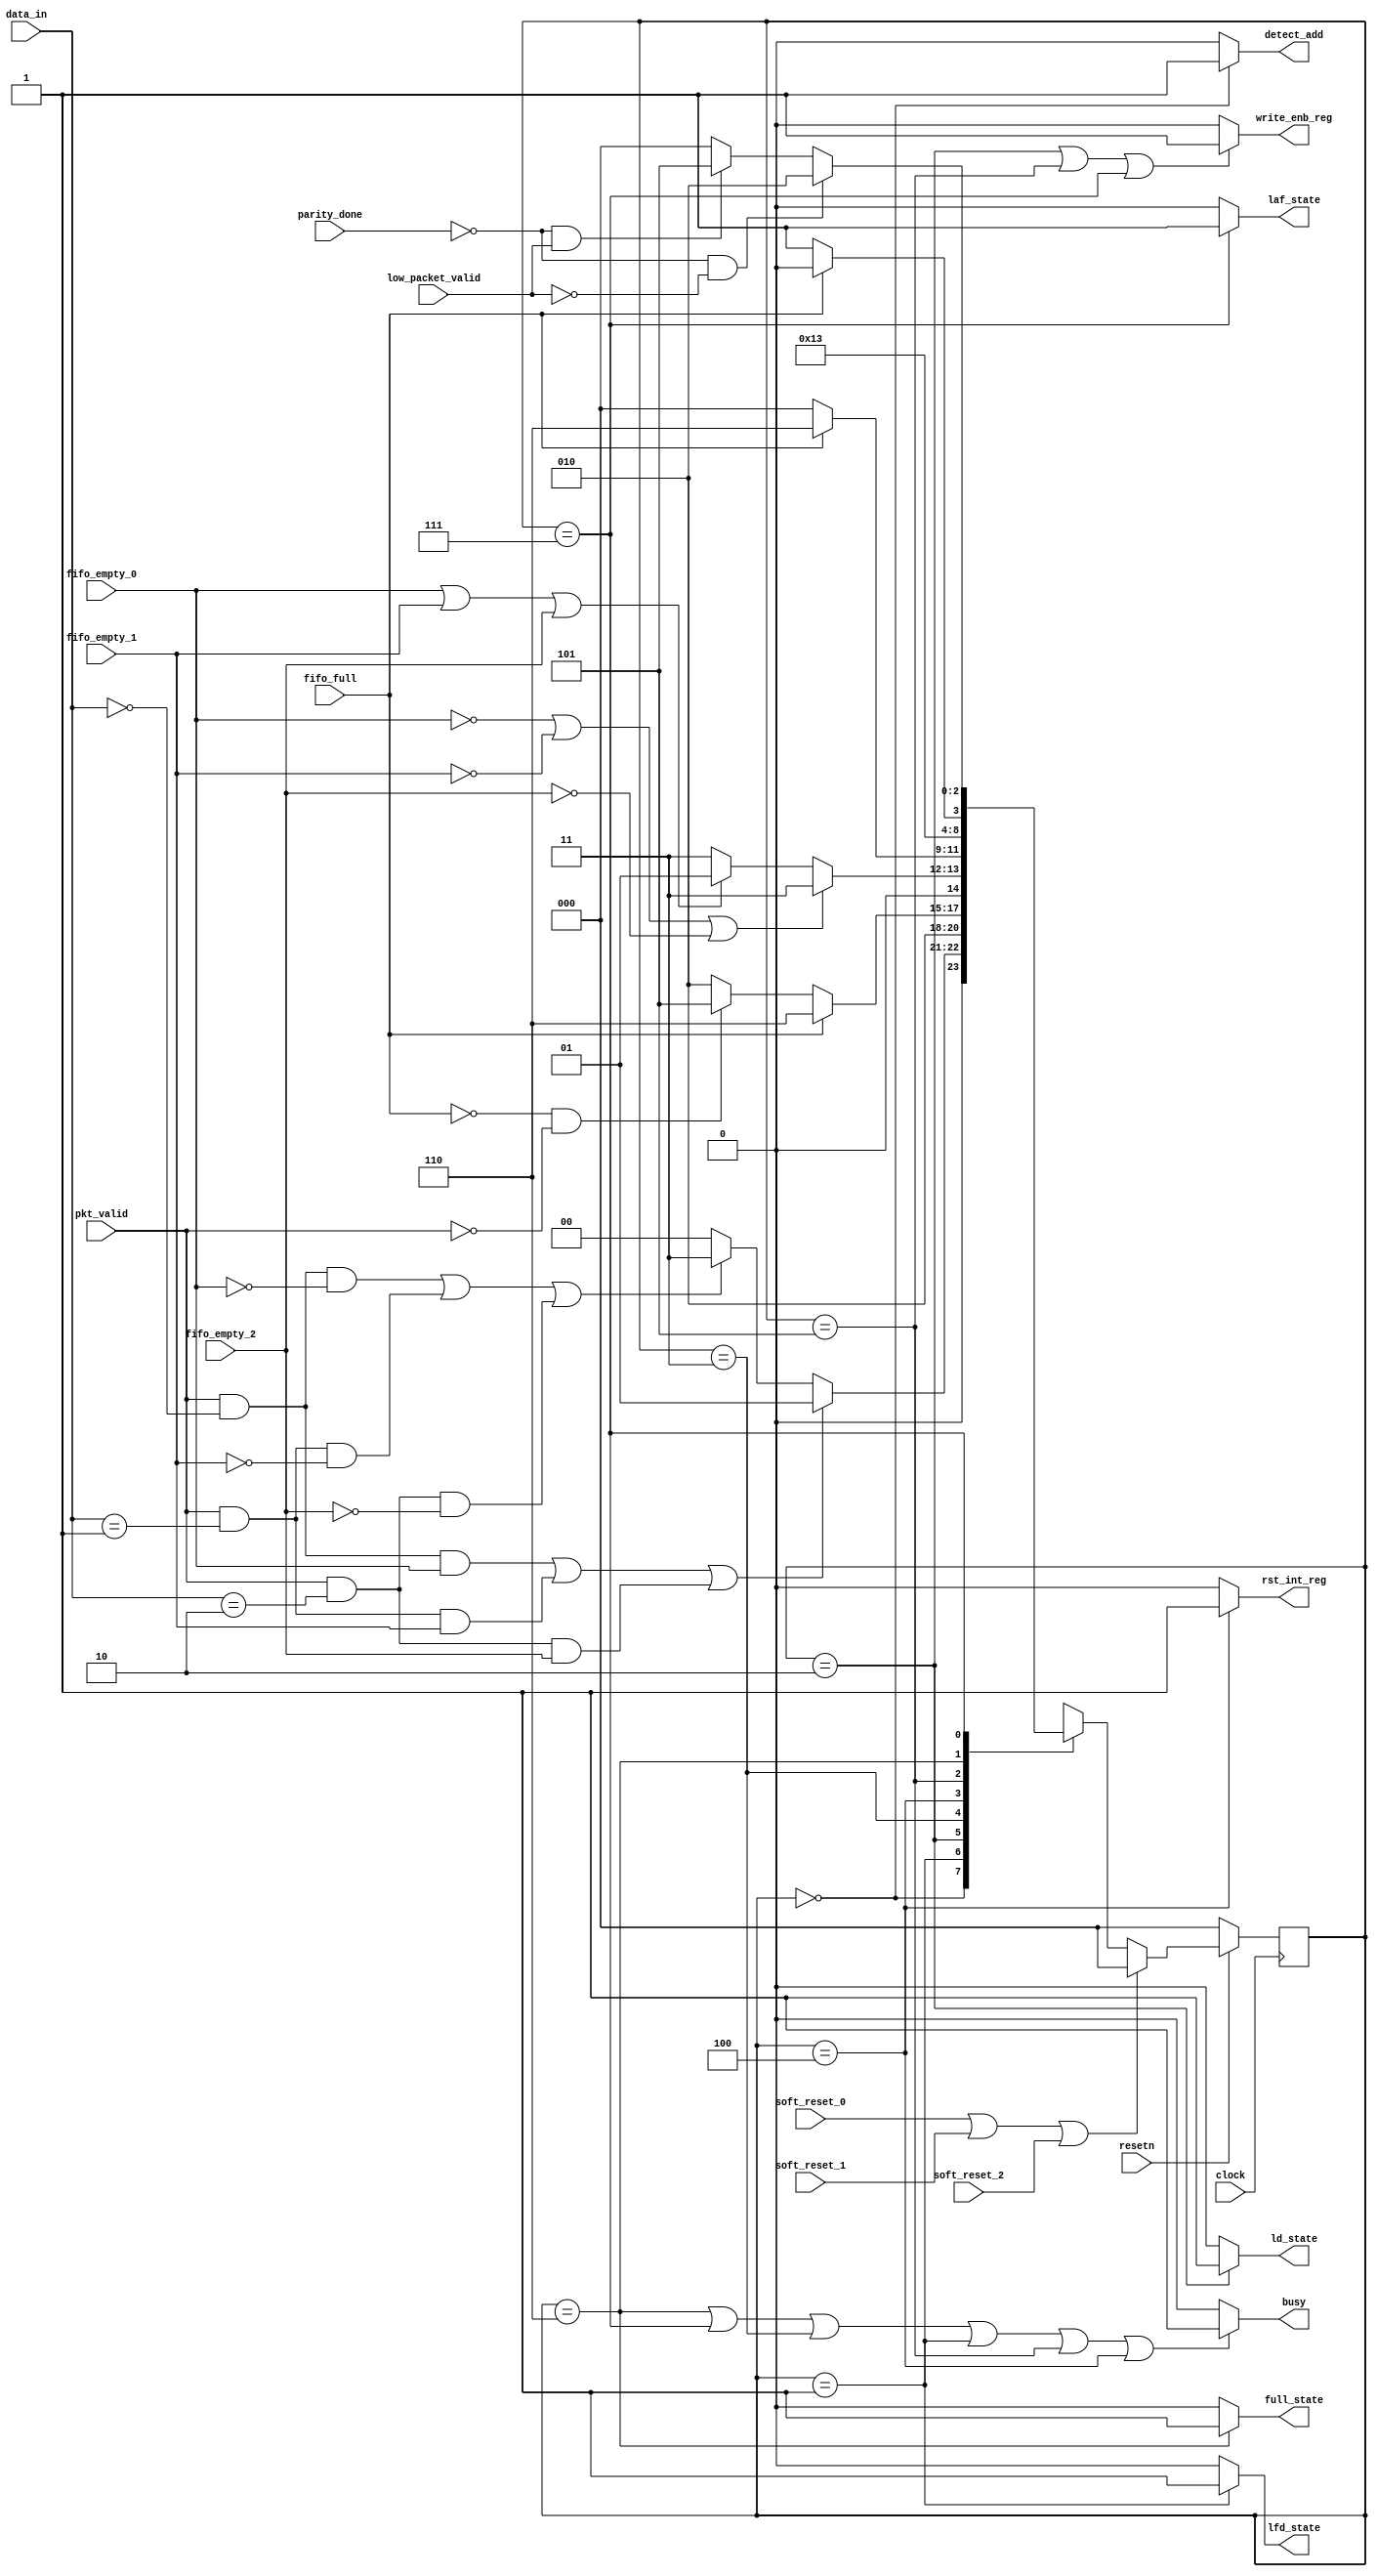
/***************************************************************************************************

NAME        :  PATHA SAISRUJANA
FILENAME    :  router_fsm.v
DATE        :  22/08/2022
DESCRIPTION :  ROUTER FSM - design

****************************************************************************************************/

module router_fsm(clock,resetn,pkt_valid,data_in,fifo_full,fifo_empty_0,fifo_empty_1,fifo_empty_2,
                  soft_reset_0,soft_reset_1,soft_reset_2,parity_done,low_packet_valid,
                  write_enb_reg,detect_add,ld_state,laf_state,lfd_state,full_state,rst_int_reg,busy);

input clock,resetn,pkt_valid,fifo_full,fifo_empty_0,fifo_empty_1,fifo_empty_2;
input soft_reset_0,soft_reset_1,soft_reset_2,parity_done,low_packet_valid;
input [1:0] data_in;
output write_enb_reg,detect_add,ld_state,laf_state,lfd_state,full_state,rst_int_reg,busy;
  
  
parameter DECODE_ADDRESS     = 3'b000,
          LOAD_FIRST_DATA 	 = 3'b001,
          LOAD_DATA 		 = 3'b010,
          WAIT_TILL_EMPTY 	 = 3'b011,
          CHECK_PARITY_ERROR = 3'b100,
          LOAD_PARITY 		 = 3'b101,
          FIFO_FULL_STATE 	 = 3'b110,
          LOAD_AFTER_FULL 	 = 3'b111;
  
  reg [2:0] PS,NS;
          
  always@(posedge clock)
    begin
      if(!resetn)
        PS <= DECODE_ADDRESS;
      else if(soft_reset_0 || soft_reset_1 || soft_reset_2)
        PS <= DECODE_ADDRESS;
      else 
        PS <= NS;
    end
  
  
  always@(*)
    begin
      NS = DECODE_ADDRESS;
      case(PS)
        
        DECODE_ADDRESS : 
                  begin
                    if((pkt_valid && (data_in[1:0]==0) && fifo_empty_0)||
                       (pkt_valid && (data_in[1:0]==1) && fifo_empty_1)||
                       (pkt_valid && (data_in[1:0]==2) && fifo_empty_2))
                      
                      NS = LOAD_FIRST_DATA;
                    
                    else if((pkt_valid && (data_in[1:0]==0) && (~fifo_empty_0))||
                            (pkt_valid && (data_in[1:0]==1) && (~fifo_empty_1))||
                            (pkt_valid && (data_in[1:0]==2) && (~fifo_empty_2)))
                      
                      NS = WAIT_TILL_EMPTY;
                    
                    else
                      NS = DECODE_ADDRESS;
                  end
        
        LOAD_FIRST_DATA :  NS = LOAD_DATA;
        
        LOAD_DATA       : 
                        begin
			      			if(fifo_full)
				 				NS=FIFO_FULL_STATE;
                          else if(!fifo_full && !pkt_valid)
				 				NS=LOAD_PARITY;
			      			else
				 				NS=LOAD_DATA;
			   			end 
        
        WAIT_TILL_EMPTY  : 
                        begin
                          if((!fifo_empty_0) || (!fifo_empty_1) || (!fifo_empty_2))
				 			NS=WAIT_TILL_EMPTY;
			      		  else if(fifo_empty_0||fifo_empty_1||fifo_empty_2)
				 			NS=LOAD_FIRST_DATA;
			      		  else
				 			NS=WAIT_TILL_EMPTY;
                         end
        
        CHECK_PARITY_ERROR:
          				begin
			    			if(fifo_full)
			      	 			NS=FIFO_FULL_STATE;
			    			else
			         			NS=DECODE_ADDRESS;

			   			 end

       LOAD_PARITY     	  :	NS=CHECK_PARITY_ERROR;
			 

       FIFO_FULL_STATE	  :	   
          				begin
                        	if(!fifo_full)
			         			NS=LOAD_AFTER_FULL;
			      			else if(fifo_full)
			         			NS=FIFO_FULL_STATE;
			  		 		end
        
        LOAD_AFTER_FULL:	   
          				begin
          					if((!parity_done) && (!low_packet_valid))
			   					NS=LOAD_DATA;
          					else if((!parity_done) && (low_packet_valid))
			   					NS=LOAD_PARITY;
          					else if(parity_done)
			   					NS=DECODE_ADDRESS;
			   			 end
        
      endcase
   end
  
  assign detect_add = ((PS==DECODE_ADDRESS)?1:0); 
  assign write_enb_reg=((PS==LOAD_DATA||PS==LOAD_PARITY||PS==LOAD_AFTER_FULL)?1:0);
  assign full_state=((PS==FIFO_FULL_STATE)?1:0);
  assign lfd_state=((PS==LOAD_FIRST_DATA)?1:0);
  assign busy=((PS==FIFO_FULL_STATE||PS==LOAD_AFTER_FULL||PS==WAIT_TILL_EMPTY||
       PS==LOAD_FIRST_DATA||PS==LOAD_PARITY||PS==CHECK_PARITY_ERROR)?1:0);
  //assign busy=((PS==LOAD_DATA || PS==DECODE_ADDRESS)?0:1);
  assign ld_state=((PS==LOAD_DATA)?1:0);
  assign laf_state=((PS==LOAD_AFTER_FULL)?1:0);
  assign rst_int_reg=((PS==CHECK_PARITY_ERROR)?1:0);
  
endmodule